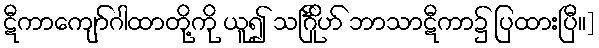
ဋီကာကျော်ဂါထာတို့ကို ယူ၍ သင်္ဂြိုဟ် ဘာသာဋီကာ၌ ပြထားပြီ။]